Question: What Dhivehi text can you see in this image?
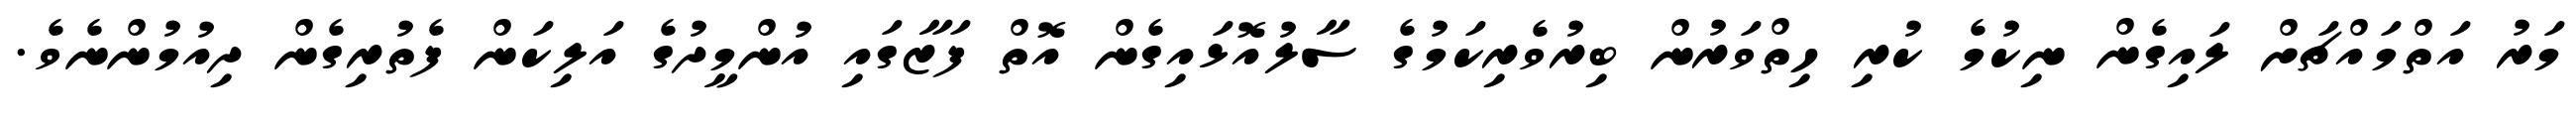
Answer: މަރު އަތްމައްޗަށް ލައިގެން ނިކުމެ ކުރި ހިތްވަރުން ބިރުވެރިކަމުގެ ސާލުއޮޅައިގެން އޮތް ފަޒާގައި އުންމީދުގެ އަލިކަން ފެތުރިގެން ދިއުމުންނެވެ.